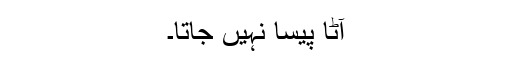
آٹا پیسا نہیں جاتا۔